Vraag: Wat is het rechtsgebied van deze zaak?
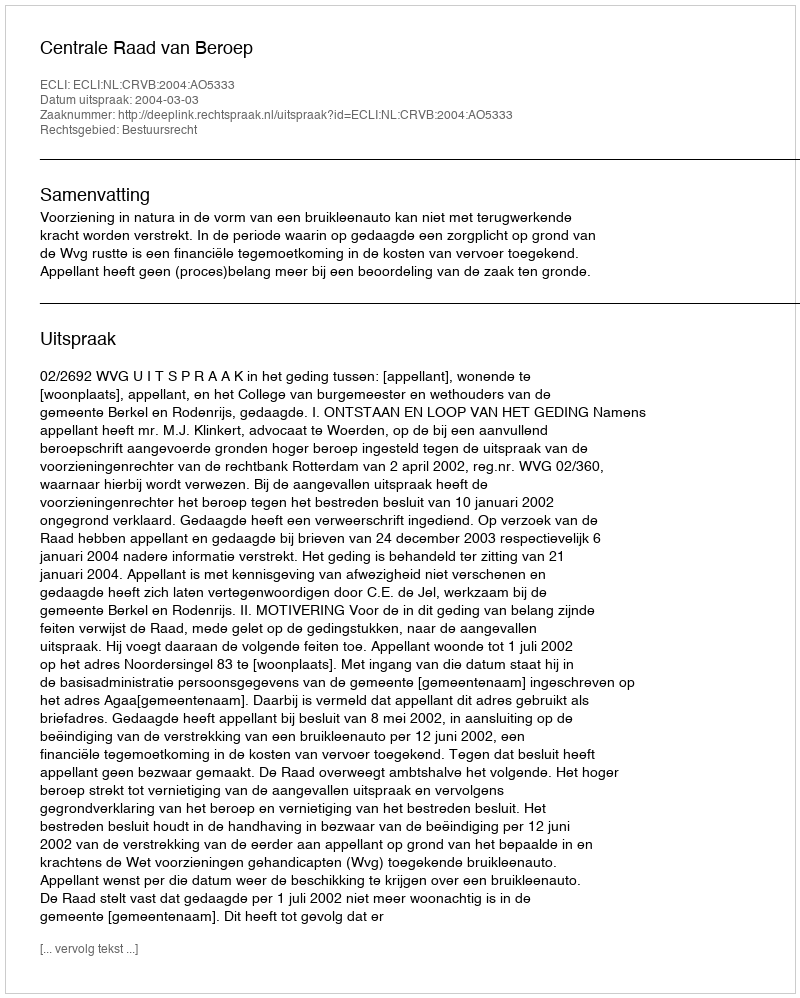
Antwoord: Bestuursrecht